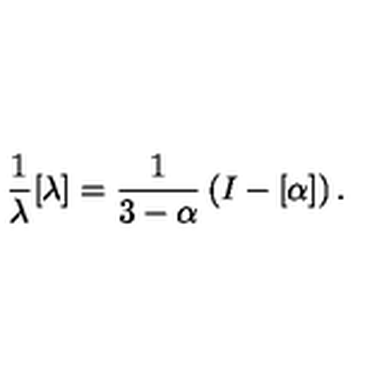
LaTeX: \frac { 1 } { \lambda } [ \lambda ] = \frac { 1 } { 3 - \alpha } \left( I - [ \alpha ] \right) .